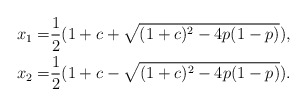
\begin{align*}x_1=&\frac{1}{2}(1+c+\sqrt{(1+c)^2-4p(1-p)}),\\x_2=&\frac{1}{2}(1+c-\sqrt{(1+c)^2-4p(1-p)}).\end{align*}